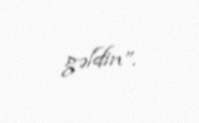
gəldin”.